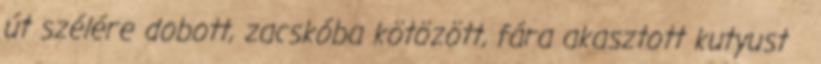
út szélére dobott, zacskóba kötözött, fára akasztott kutyust